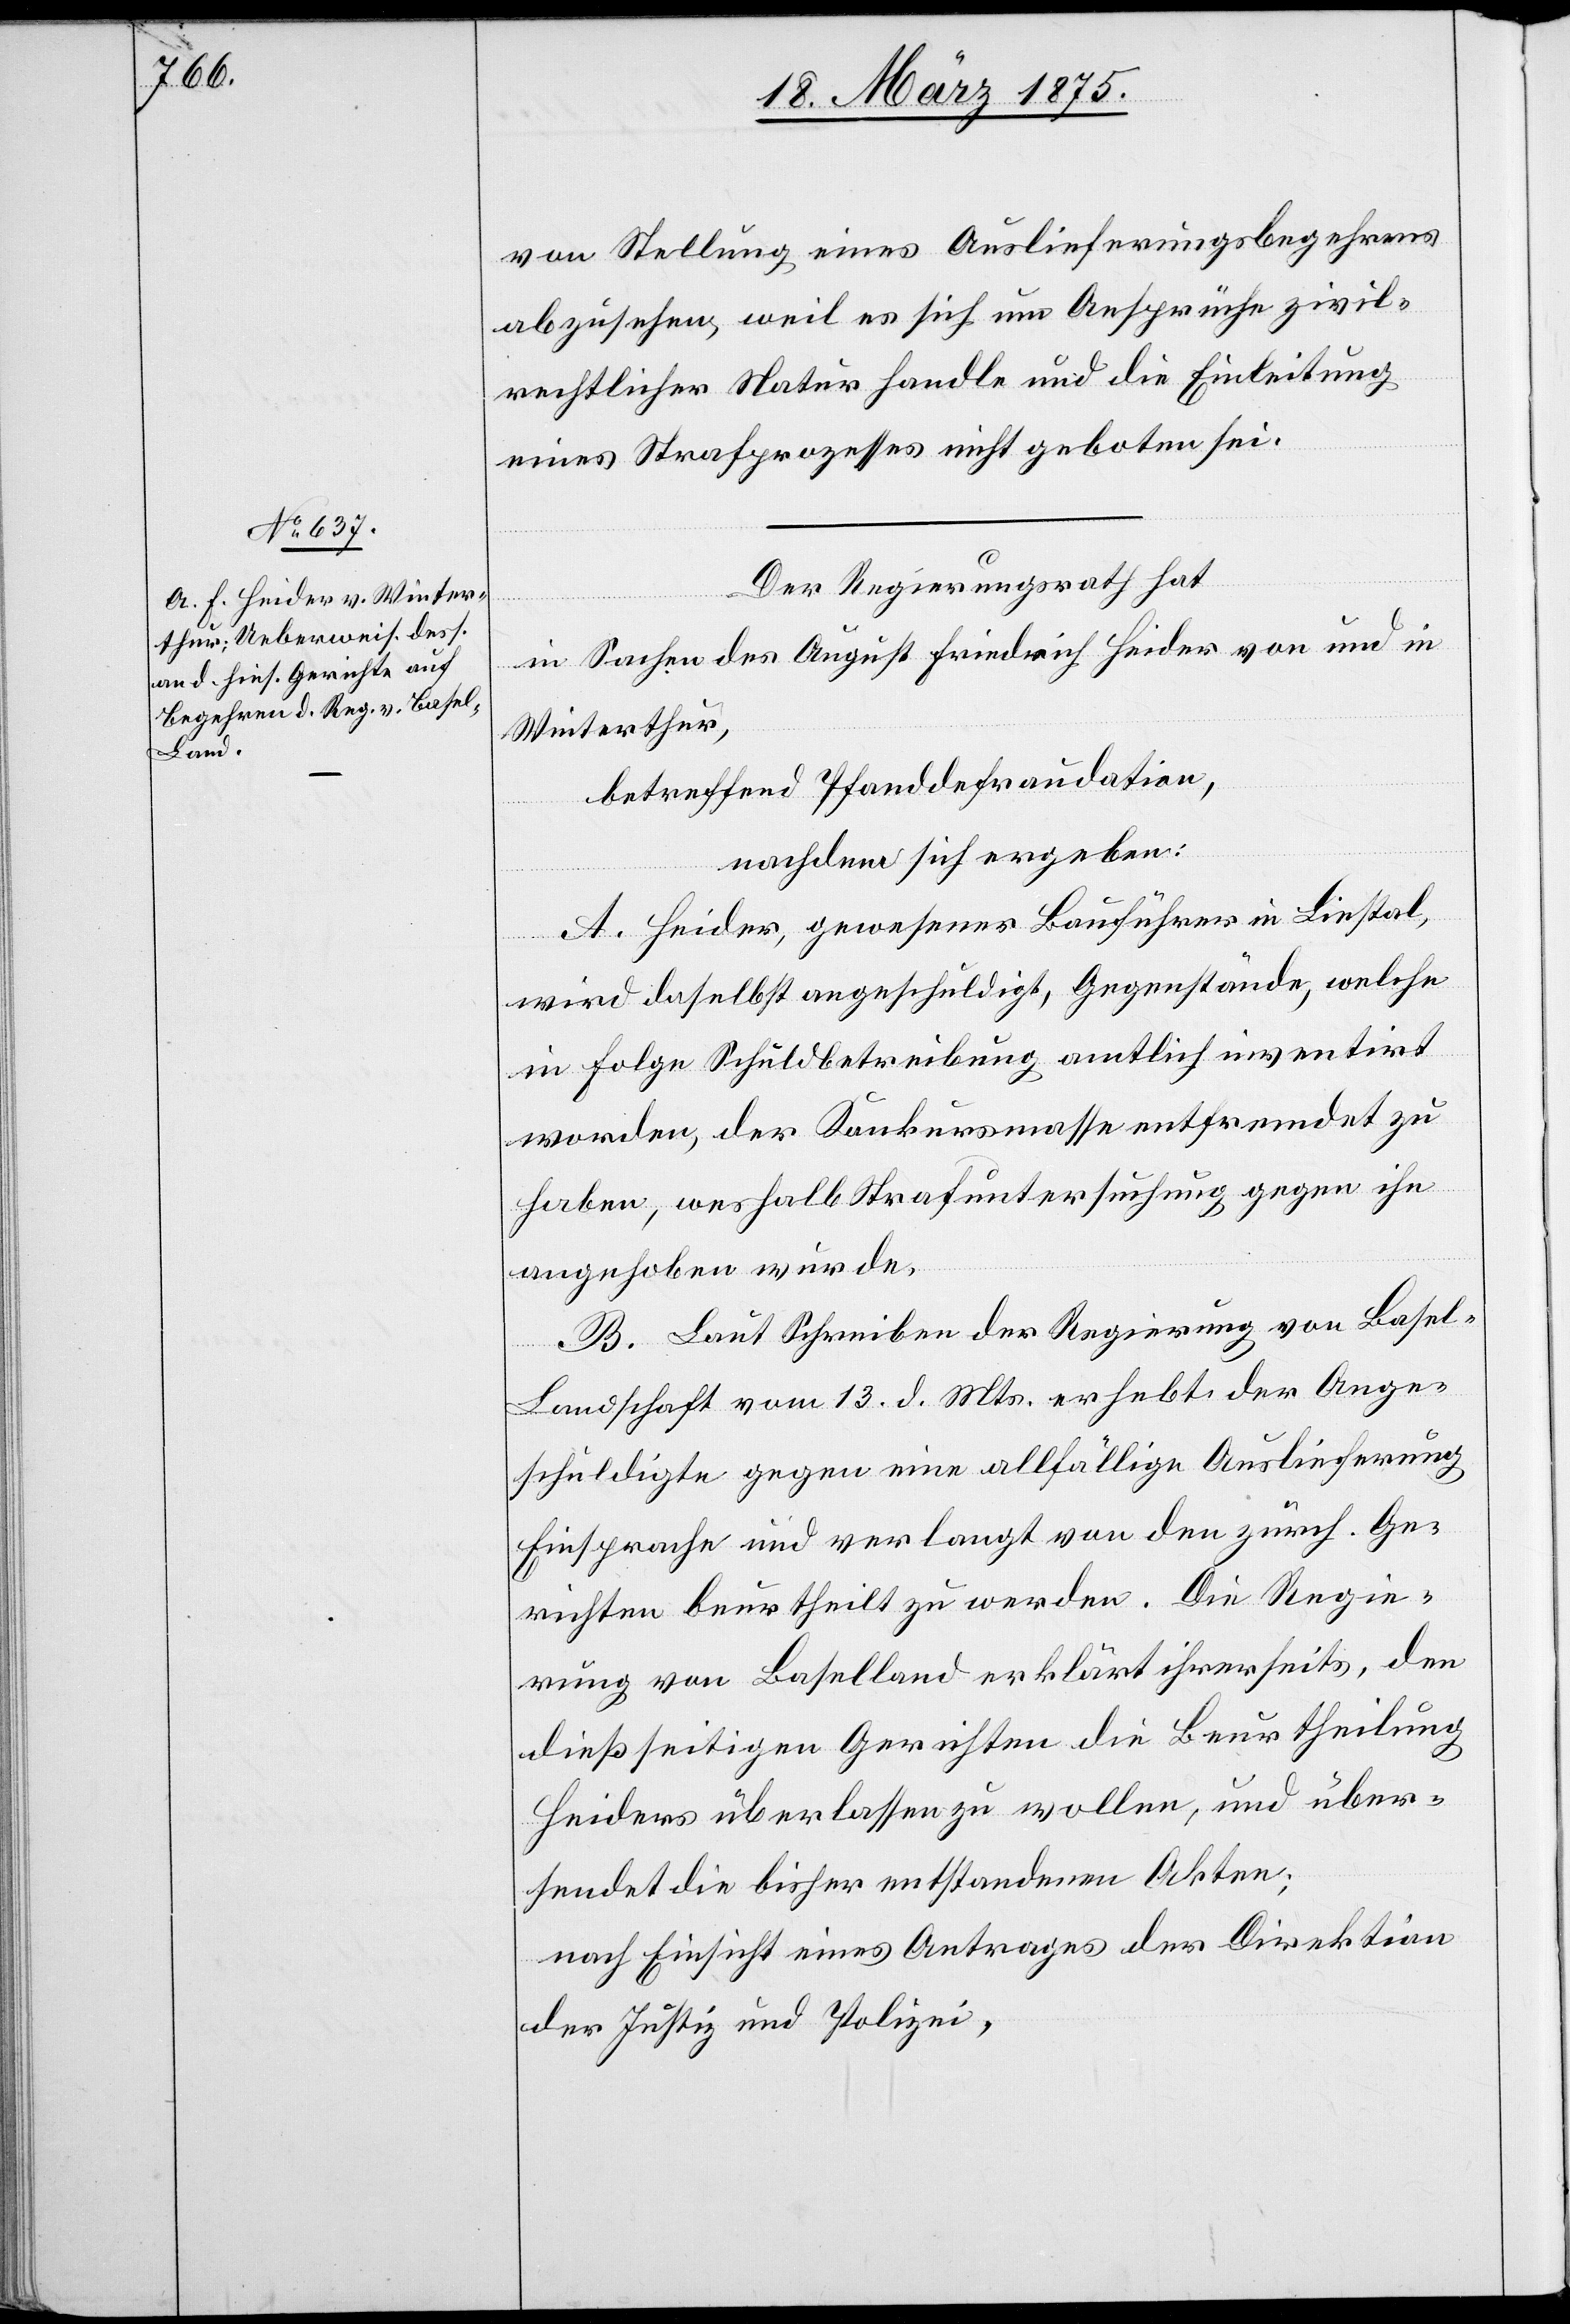
von Stellung eines Auslieferungsbegehrens
abzusehen, weil es sich um Ansprüche zivil¬
rechtlicher Natur handle und die Einleitung
eines Strafprozesses nicht geboten sei.
Der Regierungsrath hat
in Sachen des August Friedrich Heider von und in
Winterthur,
betreffend Pfanddefraudation,
nachdem sich ergeben:
A. Heider, gewesener Bauführer in Liestal,
wird daselbst angeschuldigt, Gegenstände, welche
in Folge Schuldbetreibung amtlich inventirt
worden, der Konkursmasse entfremdet zu
haben, weshalb Strafuntersuchung gegen ihn
angehoben wurde.
B. Laut Schreiben der Regierung von Basel-L¬
andschaft vom 13. d. Mts. erhebt der Ange¬
schuldigte gegen eine allfällige Auslieferung
Einsprache und verlangt von den zürch. Ge¬
richten beurtheilt zu werden. Die Regie¬
rung von Baselland erklärt ihrerseits, den
dießseitigen Gerichten die Beurtheilung
Heiders überlassen zu wollen, und über¬
sendet die bisher entstandenen Akten;
nach Einsicht eines Antrages der Direktion
der Justiz und Polizei,